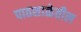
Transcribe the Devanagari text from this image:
पाठशाळेतील